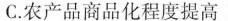
C.农产品商品化程度提高